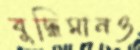
বুদ্ধিমানও